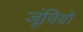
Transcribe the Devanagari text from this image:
जूंचियो